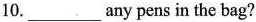
10.___ any pens in the bag?